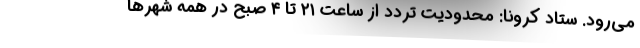
می‌رود. ستاد کرونا: محدودیت تردد از ساعت ۲۱ تا ۴ صبح در همه شهرها